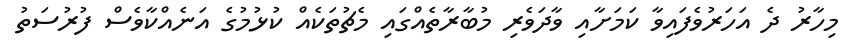
މިހާރު ދެ އަހަރުވެފައިވާ ކަމަށާއި ވާދަވެރި މުބާރާތެއްގައި މެޗުތަކެއް ކުޅުމުގެ އަނެއްކާވެސް ފުރުސަތު